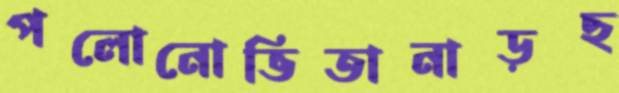
পলোনোভিতানাড়ছ